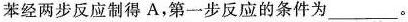
苯经两步反应制得A，第一步反应的条件为___。